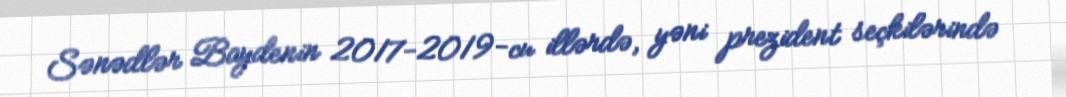
Sənədlər Baydenin 2017-2019-cu illərdə, yəni prezident seçkilərində